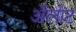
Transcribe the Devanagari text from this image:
अॅलोट